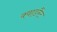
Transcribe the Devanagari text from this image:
क्वाडरैंट